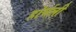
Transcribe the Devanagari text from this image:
होर्सली